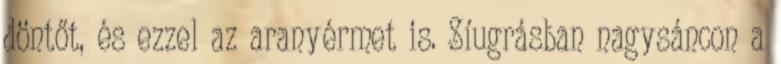
döntőt, és ezzel az aranyérmet is. Síugrásban nagysáncon a